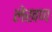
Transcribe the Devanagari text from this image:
लेखण